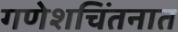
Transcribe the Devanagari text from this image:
गणेशचिंतनात